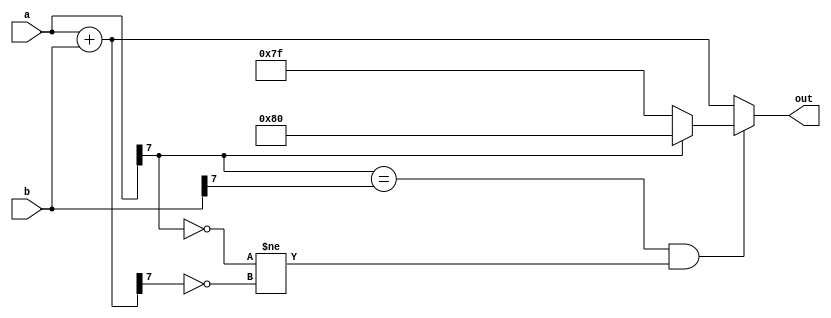
//  7+1 = 0111 + 0001 = overflow     1000   0^0=0
// -8-1 = 1000 + 1111 = underflow (1)0111   1^1=0

module signed_clamped_adder #(parameter WIDTH = 8) (
    input wire signed [WIDTH-1:0] a,
    input wire signed [WIDTH-1:0] b,
    output wire signed [WIDTH-1:0] out
);
    localparam MAX_VALUE = {1'b0, {(WIDTH-1){1'b1}}};
    localparam MIN_VALUE = {1'b1, {(WIDTH-1){1'b0}}};

    wire signed [WIDTH-1:0] a_plus_b = a + b;

    wire is_a_positive = a[WIDTH-1] == 0;
    wire is_sum_positive = a_plus_b[WIDTH-1] == 0;
    wire overflow = (a[WIDTH-1] == b[WIDTH-1]) & (is_a_positive != is_sum_positive);

    assign out = overflow ? (is_a_positive ? MAX_VALUE : MIN_VALUE) :
                            a_plus_b;

endmodule